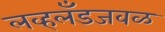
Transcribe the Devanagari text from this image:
लव्हलँडजवळ